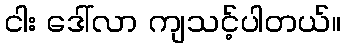
ငါး ဒေါ်လာ ကျသင့်ပါတယ်။